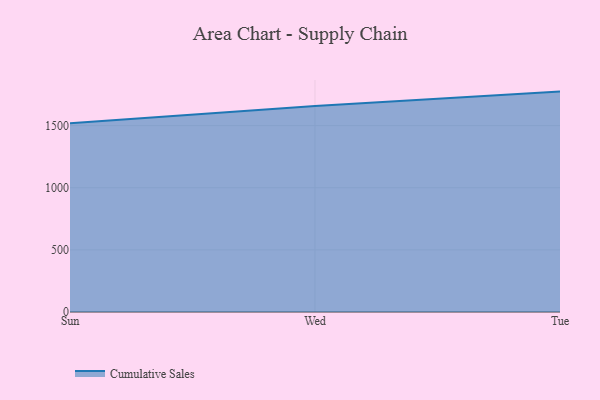
{"axis": {"x": "Day", "y": "Tickets Resolved"}, "legend": ["Cumulative Sales"], "data": [{"x": "Sun", "y": 1518.8, "type": "Cumulative Sales"}, {"x": "Wed", "y": 1657.7, "type": "Cumulative Sales"}, {"x": "Tue", "y": 1773.7, "type": "Cumulative Sales"}]}